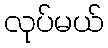
လုပ်မယ်